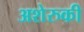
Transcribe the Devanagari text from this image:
अशेरुकी